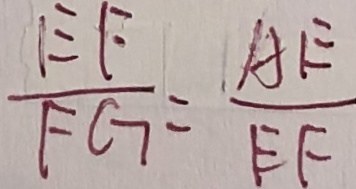
\frac { E F } { F G } = \frac { A E } { E F }